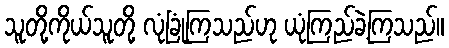
သူတို့ကိုယ်သူတို့ လုံခြုံကြသည်ဟု ယုံကြည်ခဲ့ကြသည်။